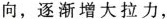
向，逐渐增大拉力，